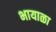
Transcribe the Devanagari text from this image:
भायाळा